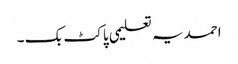
احمدیہ تعلیمی پاکٹ بک ۔